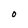
Character: O